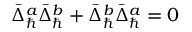
\bar { \Delta } _ { \hbar } ^ { a } \bar { \Delta } _ { \hbar } ^ { b } + \bar { \Delta } _ { \hbar } ^ { b } \bar { \Delta } _ { \hbar } ^ { a } = 0